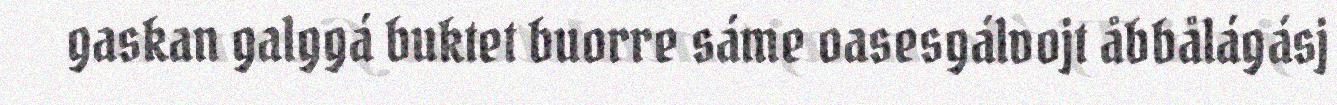
gaskan galggá buktet buorre sáme oasesgálvojt åbbålágásj